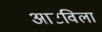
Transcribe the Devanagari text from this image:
आटविला